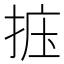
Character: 𪭽